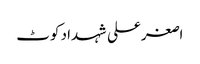
اصغرعلی شہداد کوٹ